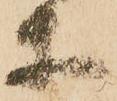
等